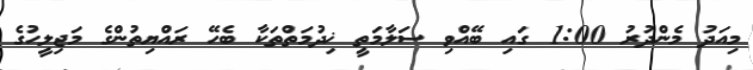
މިއަދު މެންދުރު 1:00 ގައި ބޭއްވި ސަލާމަތީ ޚިދުމަތްތަކާ ބެހޭ ރައްޔިތުންގެ މަޖިލީހުގެ